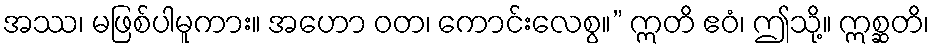
အဿ၊ မဖြစ်ပါမူကား။ အဟော ဝတ၊ ကောင်းလေစွ။” ဣတိ ဧဝံ၊ ဤသို့။ ဣစ္ဆတိ၊